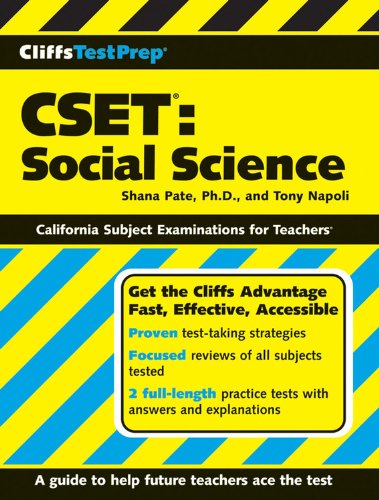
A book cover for CliffsTestPrep CSET: Social Science; Tony Napoli; Test Preparation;